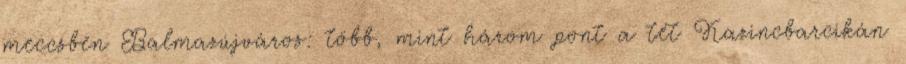
meccsben Balmazújváros: több, mint három pont a tét Kazincbarcikán